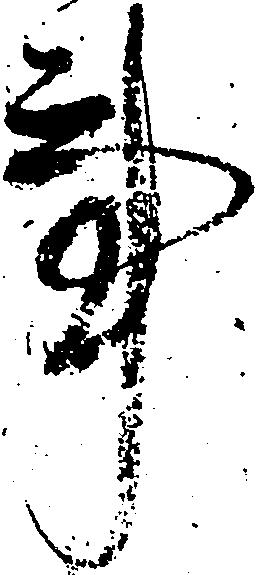
事